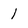
Character: l